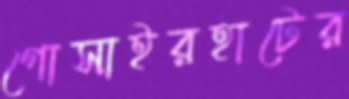
গোসাইরহাটের